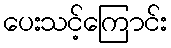
ပေးသင့်ကြောင်း